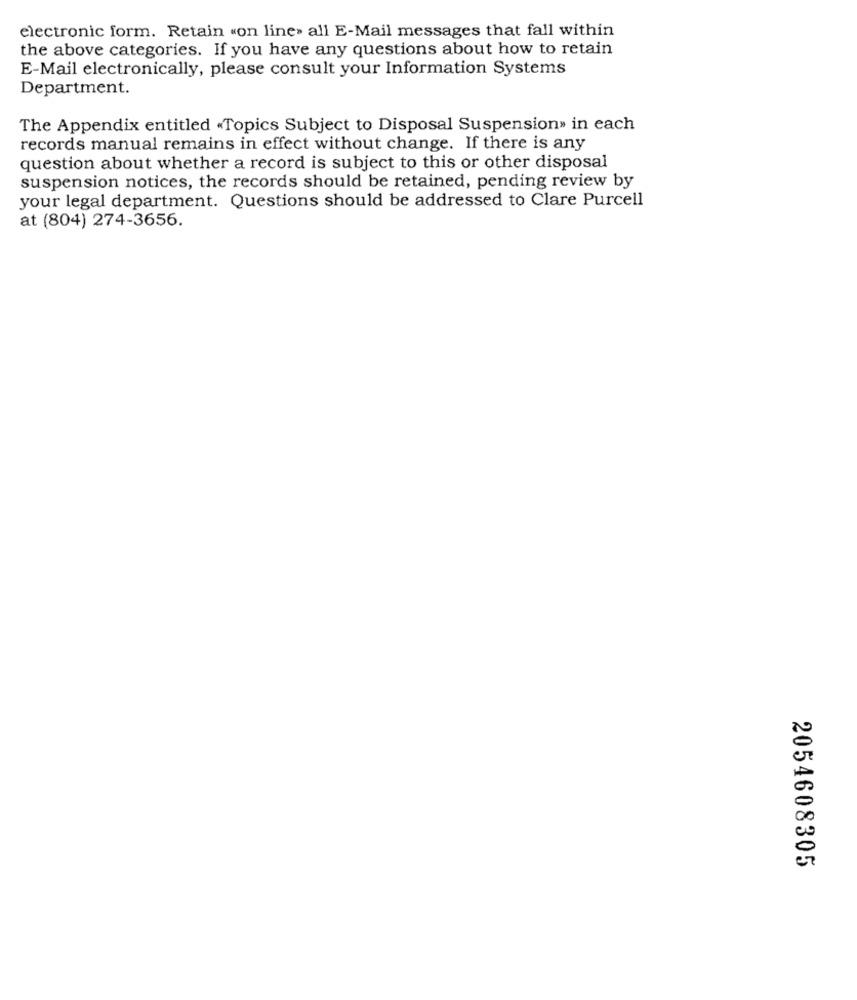
electronic form. Retain "on line» all E-Mail messages that fall within
the above categories. If you have any questions about how to retain
E-Mail electronically, please consult your Information Systems
Department.
The Appendix entitled «Topics Subject to Disposal Suspension» in each
records manual remains in effect without change. If there is any
question about whether a record is subject to this or other disposal
suspension notices, the records should be retained, pending review by
your legal department. Questions should be addressed to Clare Purcell
at (804) 274-3656.
2054608305